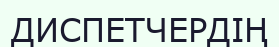
ДИСПЕТЧЕРДІҢ